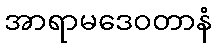
အာရာမဒေဝတာနံ